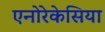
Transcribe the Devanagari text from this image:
एनोरेकेसिया